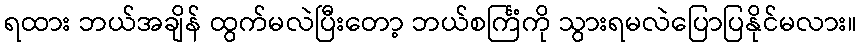
ရထား ဘယ်အချိန် ထွက်မလဲပြီးတော့ ဘယ်စင်္ကြံကို သွားရမလဲပြောပြနိုင်မလား။